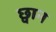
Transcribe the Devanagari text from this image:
छ्वान